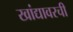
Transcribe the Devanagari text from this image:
खांद्यावरची